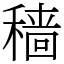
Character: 穑